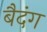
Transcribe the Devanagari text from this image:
बैदंग